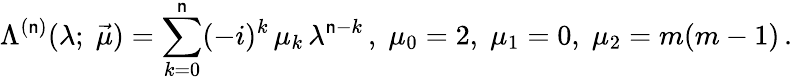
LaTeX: \Lambda^{(\mathsf{n})}(\lambda;\; \vec{{\mu}})=\sum_{k=0}^{\mathsf{n}}(-i)^{k}\, \mu_{k}\, \lambda^{\mathsf{n}-k}\, ,\; \mu_{0}=2,\; \mu_{1}=0,\; \mu_{2}=m(m-1)\, .